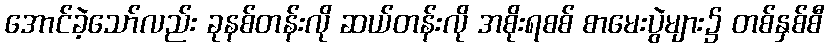
အောင်ခဲ့သော်လည်း ခုနစ်တန်းလို ဆယ်တန်းလို အစိုးရစစ် စာမေးပွဲများ၌ တစ်နှစ်စီ